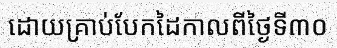
ដោយគ្រាប់បែកដៃកាលពីថ្ងៃទី៣០